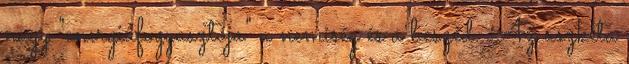
nagy "energiafogyasztója" a nemiség és a beszéd. Az aszkéta